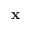
{ \bf x }